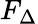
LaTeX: F_{\Delta}